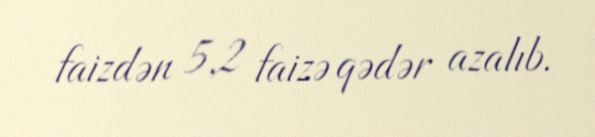
faizdən 5,2 faizə qədər azalıb.